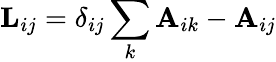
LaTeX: \mathbf{L}_{ij}=\delta_{ij}\sum_{k}\mathbf{A}_{ik}-\mathbf{A}_{ij}